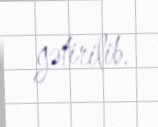
gətirilib.